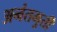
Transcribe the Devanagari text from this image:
अनंतमुर्ती